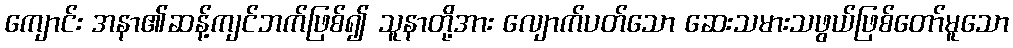
ကျောင်း အနာ၏ဆန့်ကျင်ဘက်ဖြစ်၍ သူနာတို့အား လျောက်ပတ်သော ဆေးသမားသဖွယ်ဖြစ်တော်မူသော